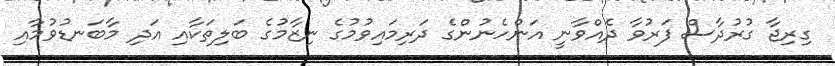
ގިރިޖާ ގުރުދާސް ފަރުވާ ދެއްވާނީ އަންހެނުންގެ ދަރިމައިވުމުގެ ނިޒާމުގެ ބަލިތަކާއި އަދި މާބަނޑުވުމާއި